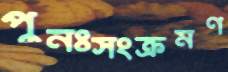
পুনঃসংক্রমণ